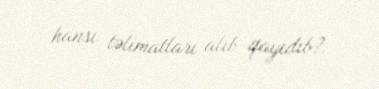
hansı təlimatları alıb qayıdıb?.